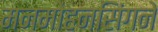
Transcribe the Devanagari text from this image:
मनमोहनसिंगने